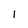
Character: 1